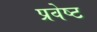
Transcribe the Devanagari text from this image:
प्रवेष्ट